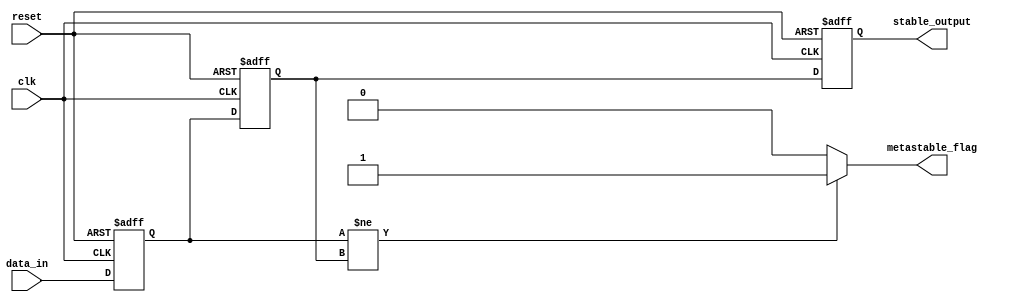
module metastability_detector (
    input wire clk,               // Clock signal
    input wire reset,             // Asynchronous reset signal
    input wire data_in,           // Asynchronous input signal
    output reg metastable_flag,   // Metastability detection flag
    output reg stable_output       // Synchronized output signal
);

    // Internal signals for flip-flop outputs
    reg ff1_output;
    reg ff2_output;

    // Flip-flop 1: Sample data_in on the rising edge of clk
    always @(posedge clk or posedge reset) begin
        if (reset) begin
            ff1_output <= 1'b0; // Initialize to known state
        end else begin
            ff1_output <= data_in; // Capture data_in
        end
    end

    // Flip-flop 2: Sample ff1_output on the rising edge of clk
    always @(posedge clk or posedge reset) begin
        if (reset) begin
            ff2_output <= 1'b0; // Initialize to known state
        end else begin
            ff2_output <= ff1_output; // Capture output of FF1
        end
    end

    // Metastability detection logic
    always @(*) begin
        if (ff1_output != ff2_output) begin
            metastable_flag = 1'b1; // Metastability detected
        end else begin
            metastable_flag = 1'b0; // No metastability
        end
    end

    // Output the synchronized signal
    always @(posedge clk or posedge reset) begin
        if (reset) begin
            stable_output <= 1'b0; // Initialize to known state
        end else begin
            stable_output <= ff2_output; // Output the synchronized signal
        end
    end

endmodule